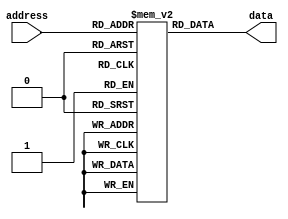
module Fuse_ROM (
    input wire [7:0] address,
    output reg [7:0] data
);

reg [7:0] memory [0:255];

initial begin
    // Initialize memory with desired data values
    memory[0] = 8'b00000000;
    memory[1] = 8'b00000001;
    // Add more data values as needed
end

always @(*) begin
    // Address decoder to activate corresponding fuse matrix
    data = memory[address];
end

endmodule